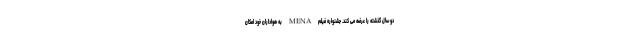
دو سال گذشته را عرضه می کند. جشنواره فیلم MENA به هواداران خود امکان